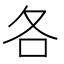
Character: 各